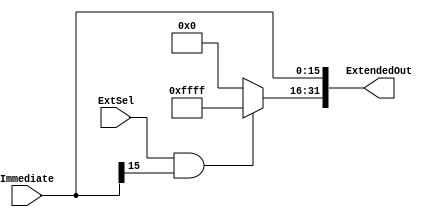
`timescale 1ns / 1ps
//////////////////////////////////////////////////////////////////////////////////
// Company: 
// Engineer: 
// 
// Design Name: 
// Module Name: SignZeroExtend
// Project Name: 
// Target Devices: 
// Tool Versions: 
// Description: 
// 
// Dependencies: 
// 
// Revision:
// Revision 0.01 - File Created
// Additional Comments:
// 
//////////////////////////////////////////////////////////////////////////////////

/*
0
input:
        Immediate: 16
        ExtSel 100--
output:
        ExtendedOut: 
*/

module SignZeroExtend(Immediate,ExtSel, ExtendedOut);
input [15:0] Immediate;
input ExtSel;
output [31:0] ExtendedOut;

assign ExtendedOut[15:0] = Immediate[15:0];                   // 16
assign ExtendedOut[31:16] = (ExtSel == 1 && (Immediate[15]==1))?16'hFFFF:16'h0000;   //16
endmodule